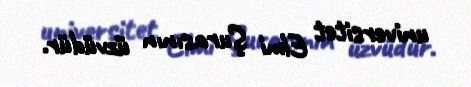
universitet Elmi Şurasının üzvüdür.